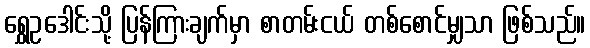
ရွှေဥဒေါင်းသို့ ပြန်ကြားချက်မှာ စာတမ်းငယ် တစ်စောင်မျှသာ ဖြစ်သည်။